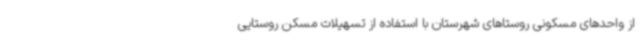
از واحدهای مسکونی روستاهای شهرستان با استفاده از تسهیلات مسکن روستایی